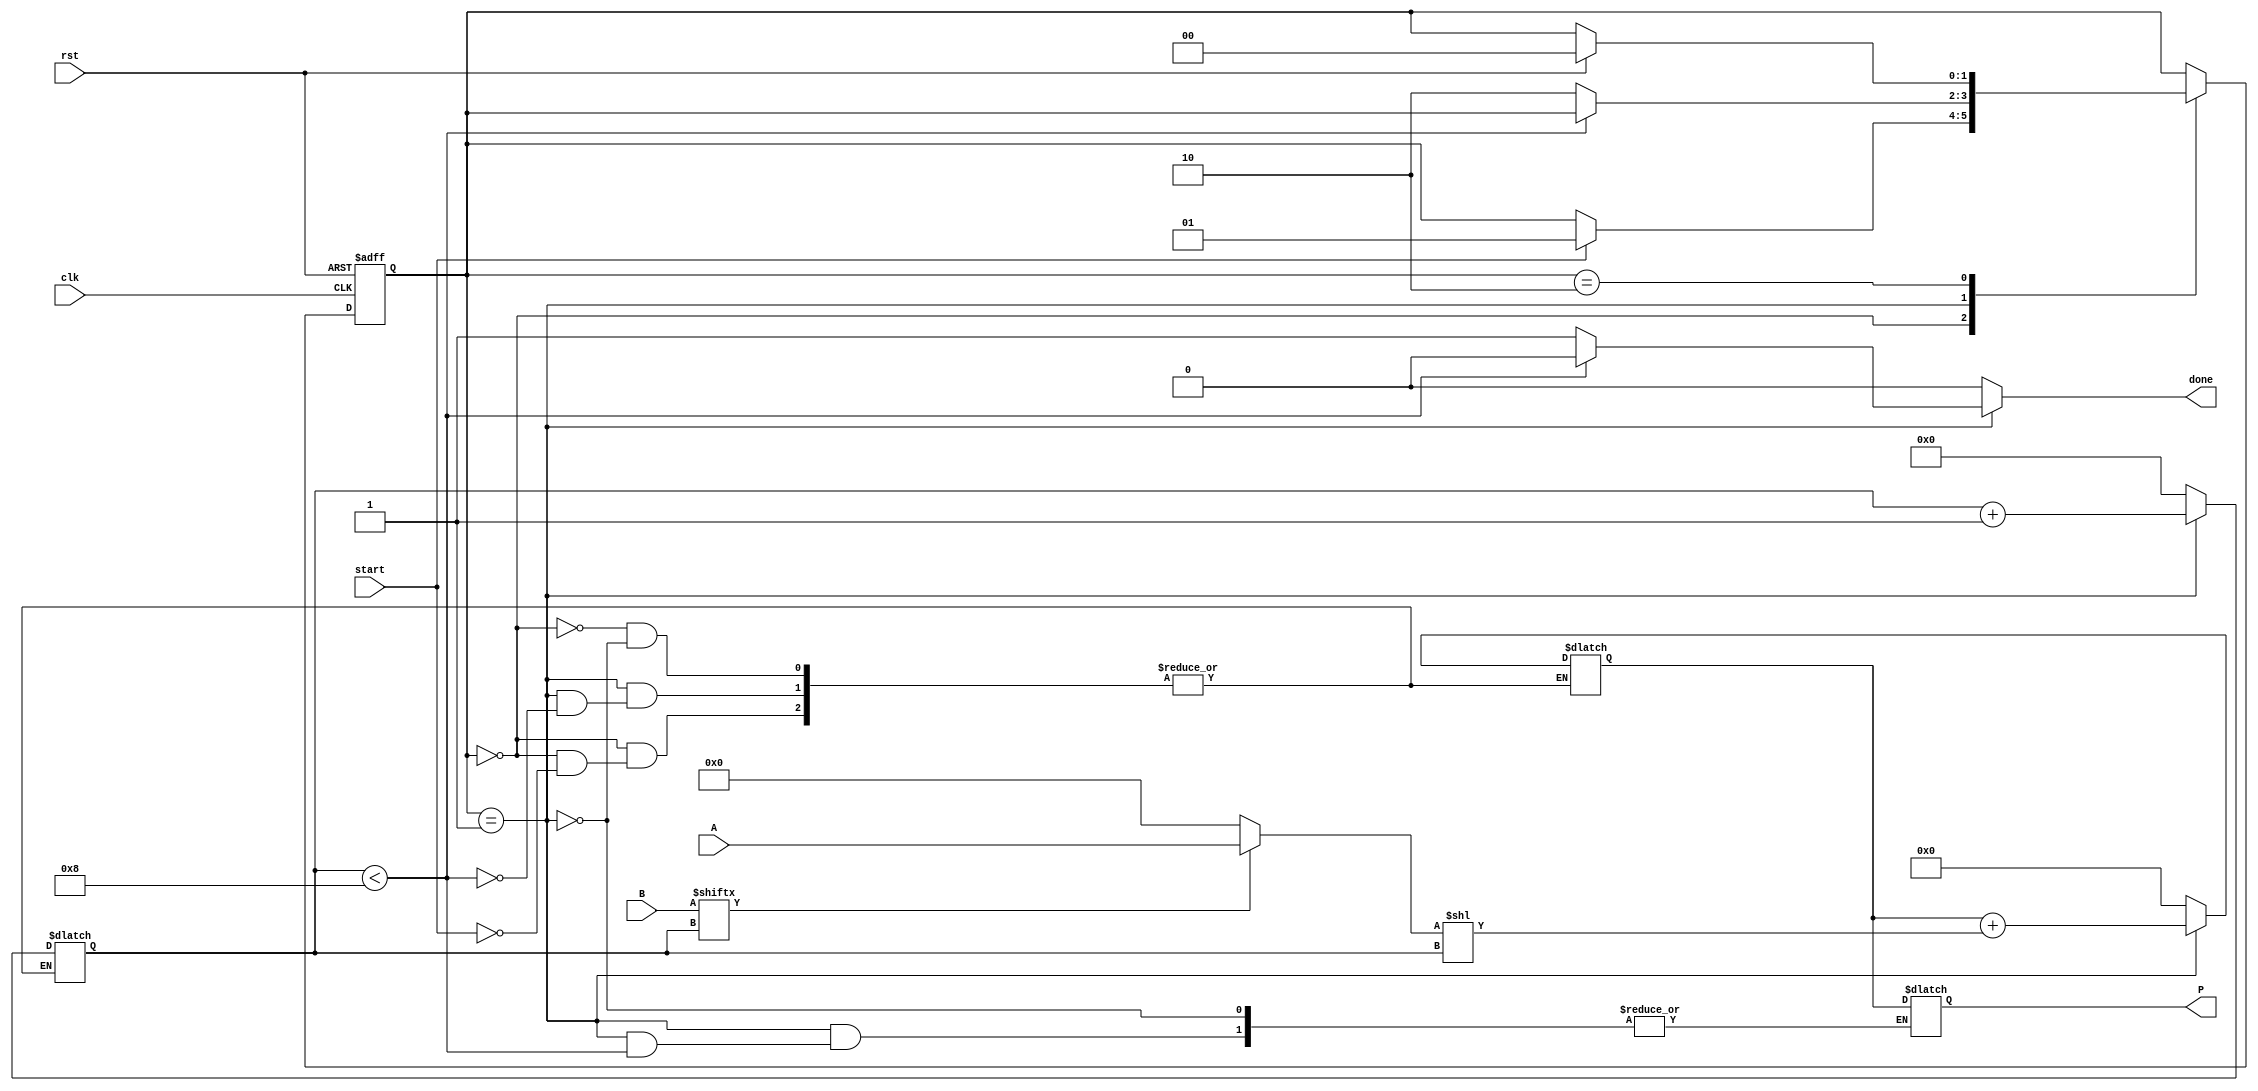
module PartialProductAccumulator #(
    parameter N = 8, // Bit width of Multiplicand A
    parameter M = 8  // Bit width of Multiplier B
)(
    input  wire [N-1:0] A,       // Multiplicand
    input  wire [M-1:0] B,       // Multiplier
    input  wire clk,              // Clock
    input  wire rst,              // Reset
    input  wire start,            // Start signal
    output reg  [N+M-1:0] P,      // Product
    output reg  done              // Done signal
);

    reg [N+M-1:0] accumulator;    // Accumulator for partial products
    reg [3:0] count;              // Count for the number of bits processed
    reg [N-1:0] partial_product;   // Temporary partial product

    // State machine parameters
    localparam IDLE = 2'b00,
               PROCESS = 2'b01,
               DONE = 2'b10;

    reg [1:0] state, next_state;

    // State transition
    always @(posedge clk or posedge rst) begin
        if (rst) begin
            state <= IDLE;
        end else begin
            state <= next_state;
        end
    end

    // Next state logic and output logic
    always @(*) begin
        next_state = state; // Default to current state
        done = 1'b0;        // Default done signal

        case (state)
            IDLE: begin
                // On start, initialize and move to PROCESS
                if (start) begin
                    accumulator = 0;
                    count = 0;
                    next_state = PROCESS;
                end
            end

            PROCESS: begin
                // Generate partial product based on the current multiplier bit
                if (count < M) begin
                    partial_product = (B[count]) ? A : 0; 
                    // Accumulate partial product
                    accumulator = accumulator + (partial_product << count);
                    count = count + 1;
                end else begin
                    P = accumulator; // Assign final product
                    done = 1'b1;     // Operation is complete
                    next_state = DONE;
                end
            end

            DONE: begin
                // Stay in DONE state until reset
                if (rst) begin
                    next_state = IDLE;
                end
            end
        endcase
    end

endmodule